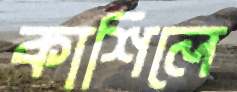
কাশিলে